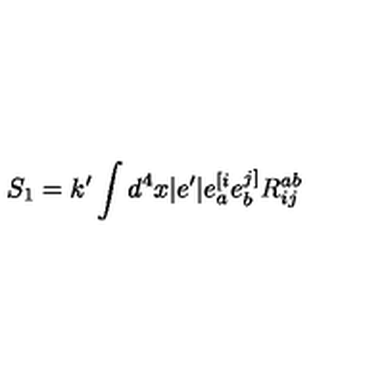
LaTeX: S _ { 1 } = k ^ { \prime } \int d ^ { 4 } x \vert e ^ { \prime } \vert e _ { a } ^ { [ i } e _ { b } ^ { j ] } R _ { i j } ^ { a b }